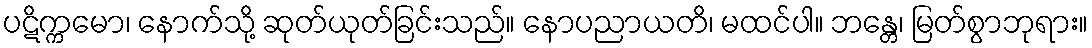
ပဋိက္ကမော၊ နောက်သို့ ဆုတ်ယုတ်ခြင်းသည်။ နောပညာယတိ၊ မထင်ပါ။ ဘန္တေ၊ မြတ်စွာဘုရား။